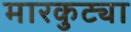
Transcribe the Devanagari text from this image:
मारकुट्या